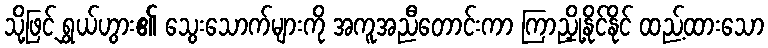
သို့ဖြင့် ရွှယ်ဟွား၏ သွေးသောက်များကို အကူအညီတောင်းကာ ကြာညှို့နိုင်နိုင် ထည့်ထားသော